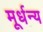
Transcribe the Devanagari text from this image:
मूर्धन्‍य